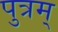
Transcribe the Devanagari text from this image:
पुत्रम्‌